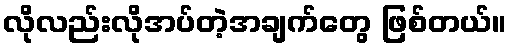
လိုလည်းလိုအပ်တဲ့အချက်တွေ ဖြစ်တယ်။